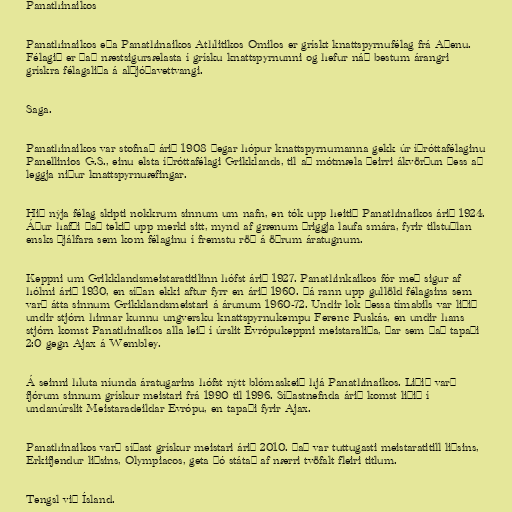
Panathinaikos

Panathinaikos eða Panathinaikos Athlitikos Omilos er grískt knattspyrnufélag frá Aþenu.
Félagið er það næstsigursælasta í grísku knattspyrnunni og hefur náð bestum árangri
grískra félagsliða á alþjóðavettvangi.

Saga.

Panathinaikos var stofnað árið 1908 þegar hópur knattspyrnumanna gekk úr íþróttafélaginu
Panellinios G.S., einu elsta íþróttafélagi Grikklands, til að mótmæla þeirri ákvörðun þess að
leggja niður knattspyrnuæfingar.

Hið nýja félag skipti nokkrum sinnum um nafn, en tók upp heitið Panathinaikos árið 1924.
Áður hafði það tekið upp merki sitt, mynd af grænum þriggja laufa smára, fyrir tilstuðlan
ensks þjálfara sem kom félaginu í fremstu röð á öðrum áratugnum.

Keppni um Grikklandsmeistaratitilinn hófst árið 1927. Panathinkaikos fór með sigur af
hólmi árið 1930, en síðan ekki aftur fyrr en árið 1960. Þá rann upp gullöld félagsins sem
varð átta sinnum Grikklandsmeistari á árunum 1960-72. Undir lok þessa tímabils var liðið
undir stjórn hinnar kunnu ungversku knattspyrnukempu Ferenc Puskás, en undir hans
stjórn komst Panathinaikos alla leið í úrslit Evrópukeppni meistaraliða, þar sem það tapaði
2:0 gegn Ajax á Wembley.

Á seinni hluta níunda áratugarins hófst nýtt blómaskeið hjá Panathinaikos. Liðið varð
fjórum sinnum grískur meistari frá 1990 til 1996. Síðastnefnda árið komst liðið í
undanúrslit Meistaradeildar Evrópu, en tapaði fyrir Ajax.

Panathinaikos varð síðast grískur meistari árið 2010. Það var tuttugasti meistaratitill liðsins,
Erkifjendur liðsins, Olympiacos, geta þó státað af nærri tvöfalt fleiri titlum.

Tengsl við Ísland.